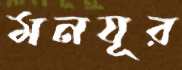
মনযূর